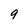
Character: 9